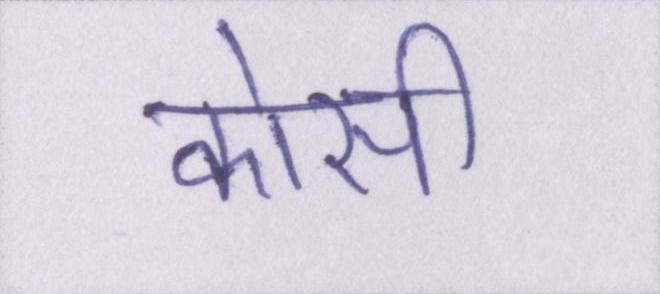
कोसी